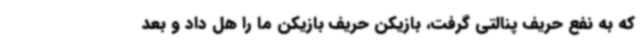
که به نفع حریف پنالتی گرفت، بازیکن حریف بازیکن ما را هل داد و بعد